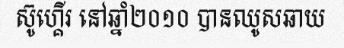
ស៊ូហ្គើរ នៅឆ្នាំ២០១០ បានឈូសឆាយ